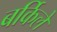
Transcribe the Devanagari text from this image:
बर्किले